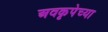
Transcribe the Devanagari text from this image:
अवकृपेच्या